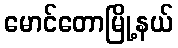
မောင်တောမြို့နယ်